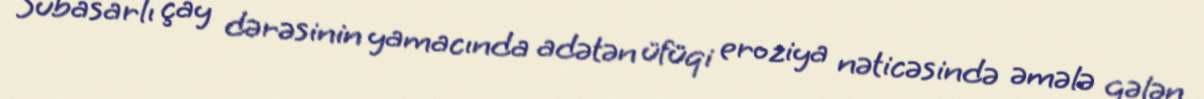
Subasarlı çay dərəsinin yamacında adətən üfüqi eroziya nəticəsində əmələ gələn